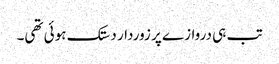
تب ہی دروازے پر زوردار دستک ہوئی تھی۔